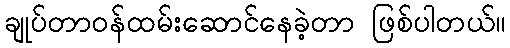
ချုပ်တာဝန်ထမ်းဆောင်နေခဲ့တာ ဖြစ်ပါတယ်။